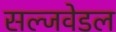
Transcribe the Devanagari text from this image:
सल्जवेडल